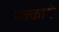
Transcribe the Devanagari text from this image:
मक्काचे